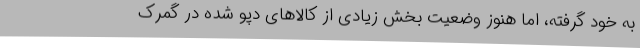
به خود گرفته، اما هنوز وضعیت بخش زیادی از کالاهای دپو شده در گمرک